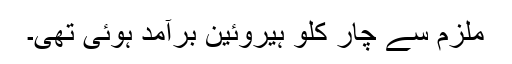
ملزم سے چار کلو ہیروئین برآمد ہوئی تھی۔